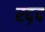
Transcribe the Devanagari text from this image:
रद़द